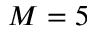
M = 5